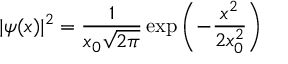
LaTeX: | \psi ( x ) | ^ { 2 } = { \frac { 1 } { x _ { 0 } { \sqrt { 2 \pi } } } } \exp { \left( - { \frac { x ^ { 2 } } { 2 x _ { 0 } ^ { 2 } } } \right) }